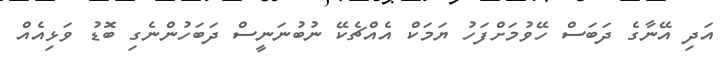
އަދި އޭނާގެ ދަބަސް ހޭވުމަށްފަހު ޔަމަކް އެއްޗެކޭ ނުބުނަނީސް ދަބަހުންނެގި ބޮޑު ވަޅިއެއް